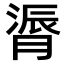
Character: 𫆬